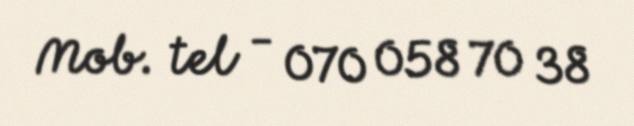
Mob. tel - 070 058 70 38